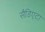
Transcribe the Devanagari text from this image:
सैडिएटा